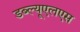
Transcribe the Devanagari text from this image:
डब्ल्यूएलएस